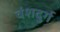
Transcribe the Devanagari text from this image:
वंशदुर्ग